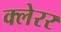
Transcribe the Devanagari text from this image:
क्लेरर